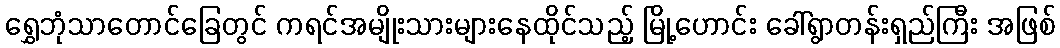
ရွှေဘုံသာတောင်ခြေတွင် ကရင်အမျိုးသားများနေထိုင်သည့် မြို့ဟောင်း ခေါ်ရွာတန်းရှည်ကြီး အဖြစ်